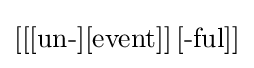
\left[\left[[{\mbox{un-}}][{\mbox{event}}]\right][{\mbox{-ful}}]\right]